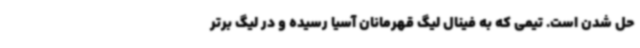
حل شدن است. تیمی که به فینال لیگ قهرمانان آسیا رسیده و در لیگ برتر